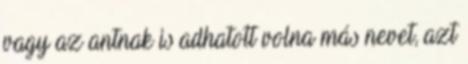
vagy az antnak is adhatott volna más nevet, azt